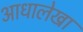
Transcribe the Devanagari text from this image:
आधालेखा